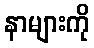
နာများကို